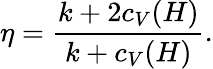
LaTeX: \eta={\frac{k+2c_{V}(H)}{k+c_{V}(H)}}.